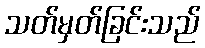
သတ်မှတ်ခြင်းသည်